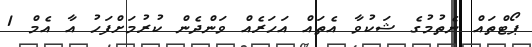
ޕޯޓްތައް ނެތުމުގެ ޝަކުވާ އެތައް އަހަރެއް ވަންދެން ކުރުމަށްފަހު އާ އެމް 1